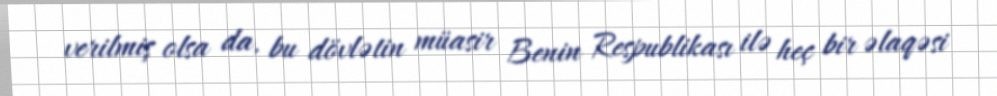
verilmiş olsa da, bu dövlətin müasir Benin Respublikası ilə heç bir əlaqəsi